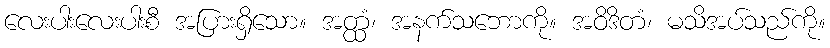
လေးပါးလေးပါးစီ အပြားရှိသော။ အတ္ထံ၊ အနက်သဘောကို။ အဝိဒိတံ၊ မသိအပ်သည်ကို။